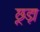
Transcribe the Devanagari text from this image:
छूड़ा